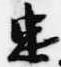
忠